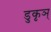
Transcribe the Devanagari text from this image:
डुकृञ्